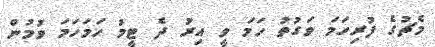
މެޗުގެ ފުރިހަމަ ވަގުތު ހަމަ ވީ އިރު ދެ ޓީމު ހަމަހަމަ ވުމުން